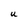
Character: U